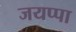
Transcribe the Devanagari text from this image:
जयप्पा